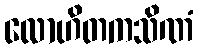
လောဟိတကသိဏံ